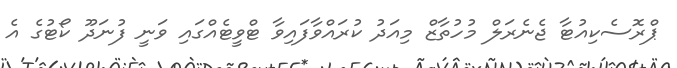
ޕްރޮސެކިއުޓާ ޖެނެރަލް މުހުތާޒް މިއަދު ކުރައްވާފައިވާ ޓްވީޓެއްގައި ވަނީ ފުނަދޫ ކޯޓުގެ އެ